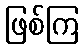
ဖြစ်ကြ